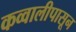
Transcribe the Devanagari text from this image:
कव्वालीपासून